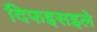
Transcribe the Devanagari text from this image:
दिफइसइले